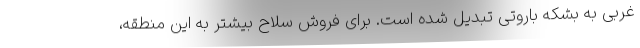
غربی به بشکه باروتی تبدیل شده است. برای فروش سلاح بیشتر به این منطقه،